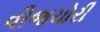
વીજચોરી